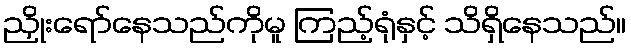
ညှိုးရော်နေသည်ကိုမူ ကြည့်ရုံနှင့် သိရှိနေသည်။